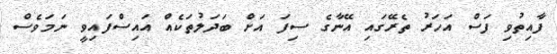
ފާއިތުވި ފަސް އަހަރު ތެރޭގައި އޭނާގެ ސިފަ އަށް ބަދަލުތަކެއް އައިސްފައިވީ ނަމަވެސް